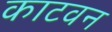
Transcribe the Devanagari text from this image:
काटवन